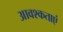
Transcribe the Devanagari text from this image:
आवश्कताएं